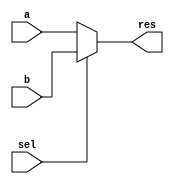
module mux2x1_conditional(input a, input b, input sel, output res);

	assign res = sel ? b : a;

endmodule